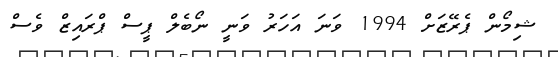
ޝިމޯން ޕެރޭޒަށް 1994 ވަނަ އަހަރު ވަނީ ނޯބެލް ޕީސް ޕްރައިޒް ވެސް